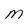
Character: M